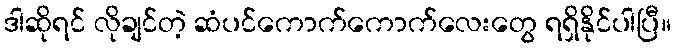
ဒါဆိုရင် လိုချင်တဲ့ ဆံပင်ကောက်ကောက်လေးတွေ ရရှိနိုင်ပါပြီ။